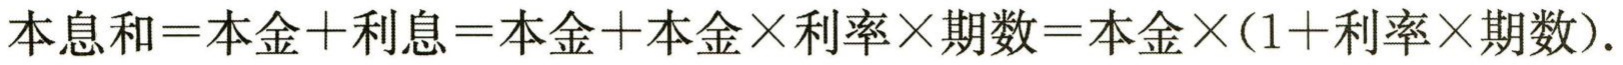
\(本息和=本金 + 利息=本金+本金\times利率\times期数=本金\times(1 + 利率\times期数).\)